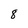
Character: 8